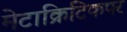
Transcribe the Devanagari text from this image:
मेटाक्रिटिकपर